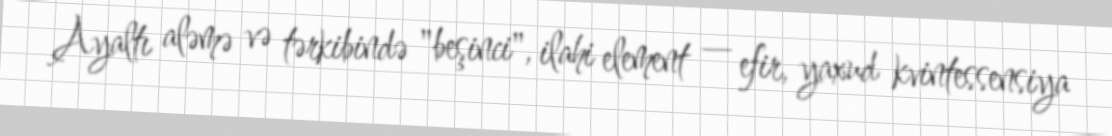
Ayaltı aləmə və tərkibində "beşinci", ilahi element — efir, yaxud kvintessensiya